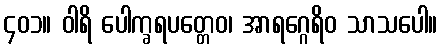
၄၀၁။ ဝါရိ ပေါက္ခရပတ္တေဝ၊ အာရဂ္ဂေရိဝ သာသပေါ။